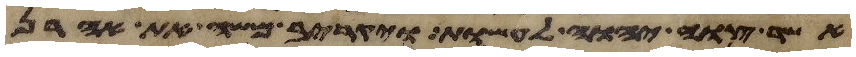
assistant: אשר צוה יהוה לעשות ויקריב משה את אהרן